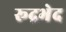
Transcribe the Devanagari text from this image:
रूद्रभेद